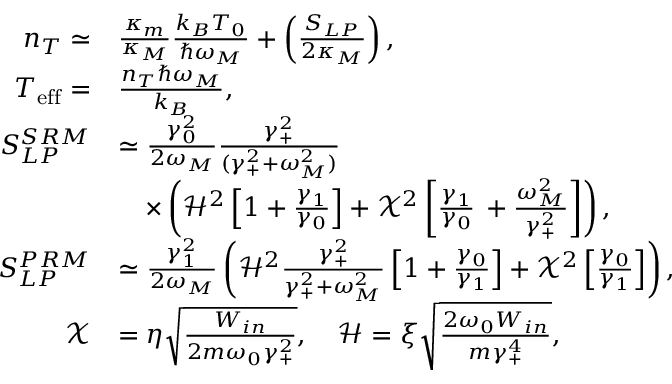
\begin{array} { r l } { n _ { T } \simeq } & { \frac { \kappa _ { m } } { \kappa _ { M } } \frac { k _ { B } T _ { 0 } } { \hslash \omega _ { M } } + \left( \frac { S _ { L P } } { 2 \kappa _ { M } } \right) , } \\ { T _ { \mathrm { e f f } } = } & { \frac { n _ { T } \hslash \omega _ { M } } { k _ { B } } , } \\ { S _ { L P } ^ { S R M } } & { \simeq \frac { \gamma _ { 0 } ^ { 2 } } { 2 \omega _ { M } } \frac { \gamma _ { + } ^ { 2 } } { ( \gamma _ { + } ^ { 2 } + \omega _ { M } ^ { 2 } ) } } \\ & { \quad \times \left( \mathcal { H } ^ { 2 } \left[ 1 + \frac { \gamma _ { 1 } } { \gamma _ { 0 } } \right] + \mathcal { X } ^ { 2 } \left[ \frac { \gamma _ { 1 } } { \gamma _ { 0 } } \, + \frac { \omega _ { M } ^ { 2 } } { \gamma _ { + } ^ { 2 } } \right] \right) , } \\ { S _ { L P } ^ { P R M } } & { \simeq \frac { \gamma _ { 1 } ^ { 2 } } { 2 \omega _ { M } } \left( \mathcal { H } ^ { 2 } \frac { \gamma _ { + } ^ { 2 } } { \gamma _ { + } ^ { 2 } + \omega _ { M } ^ { 2 } } \left[ 1 + \frac { \gamma _ { 0 } } { \gamma _ { 1 } } \right] + \mathcal { X } ^ { 2 } \left[ \frac { \gamma _ { 0 } } { \gamma _ { 1 } } \right] \right) , } \\ { \mathcal { X } } & { = \eta \sqrt \frac { W _ { i n } } { 2 m \omega _ { 0 } \gamma _ { + } ^ { 2 } } , \quad \mathcal { H } = \xi \sqrt \frac { 2 \omega _ { 0 } W _ { i n } } { m \gamma _ { + } ^ { 4 } } , } \end{array}